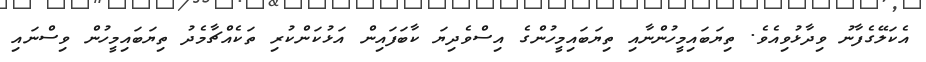
އެކަލޭގެފާނު ވިދާޅުވިއެވެ. ތިޔަބައިމީހުންނާއި ތިޔަބައިމީހުންގެ އިސްވެދިޔަ ކާބަފައިން އަޅުކަންކުރި ތަކެއްޗާމެދު ތިޔަބައިމީހުން ވިސްނައި